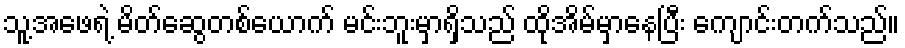
သူ့အဖေရဲ့ မိတ်ဆွေတစ်ယောက် မင်းဘူးမှာရှိသည် ထိုအိမ်မှာနေပြီး ကျောင်းတက်သည်။